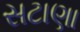
સટાણા